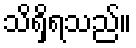
သိရှိရသည်။